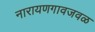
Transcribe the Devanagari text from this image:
नारायणगावजवळ